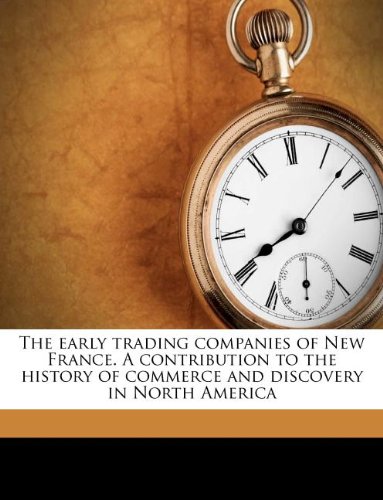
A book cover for The early trading companies of New France. A contribution to the history of commerce and discovery in North America; Henry Percival Biggar; Business & Money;